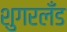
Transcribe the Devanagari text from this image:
शुगरलँड